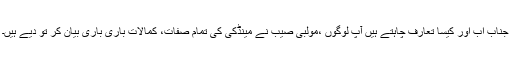
جناب اب اور کیسا تعارف چاہتے ہیں آپ لوگوں ،مولبی صیب نے مینڈکی کی تمام صفات، کمالات باری باری بیان کر تو دیے ہیں۔